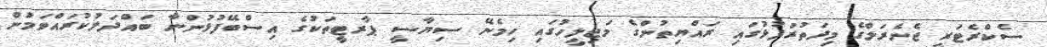
ސެކްރެޓަރީ ޖެނެރަލްގެ މިދަތުރުފުޅުގައި ރައްޔިތުންގެ މަޖިލީހުގައި ހިމެނޭ ސިޔާސީ ޕާރޓީތަކުގެ އިސްބޭފުޅުންނާ ބައްދަލުކުރައްވަމުން